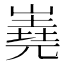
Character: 嶤